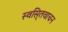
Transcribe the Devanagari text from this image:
स्वसि्तवाचन